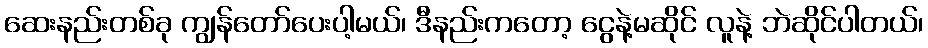
ဆေးနည်းတစ်ခု ကျွန်တော်ပေးပါ့မယ်၊ ဒီနည်းကတော့ ငွေနဲ့မဆိုင် လူနဲ့ ဘဲဆိုင်ပါတယ်၊